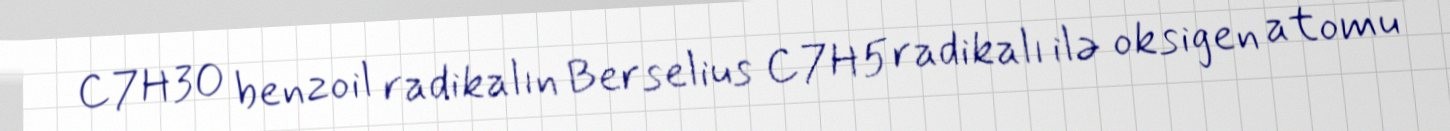
C7H3O benzoil radikalın Berselius C7H5 radikalı ilə oksigen atomu